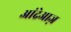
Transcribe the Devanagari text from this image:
आंद्रेआज़